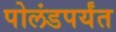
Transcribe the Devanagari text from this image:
पोलंडपर्यंत